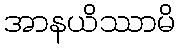
အာနယိဿာမိ